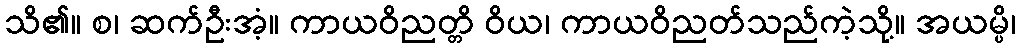
သိ၏။ စ၊ ဆက်ဦးအံ့။ ကာယဝိညတ္တိ ဝိယ၊ ကာယဝိညတ်သည်ကဲ့သို့။ အယမ္ပိ၊